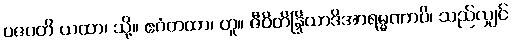
ပဇပတိ ယထာ၊ သို့။ ဧဝံတထာ၊ တူ။ ဇီဝိတိန္ဒြိယာဒိအာရမ္မဏာပိ၊ သည်လျှင်